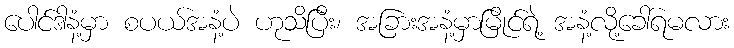
ပေါင်ဒါနံ့မှာ စပယ်အနံ့ပဲ ဟုသိပြီး၊ အခြားအနံ့မှာမြိုင်ရဲ့ အနံ့လို့ခေါ်ရမလား